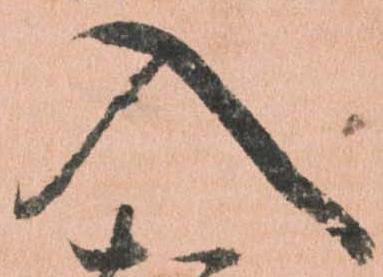
入